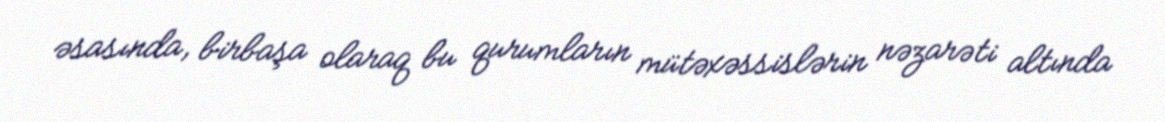
əsasında, birbaşa olaraq bu qurumların mütəxəssislərin nəzarəti altında